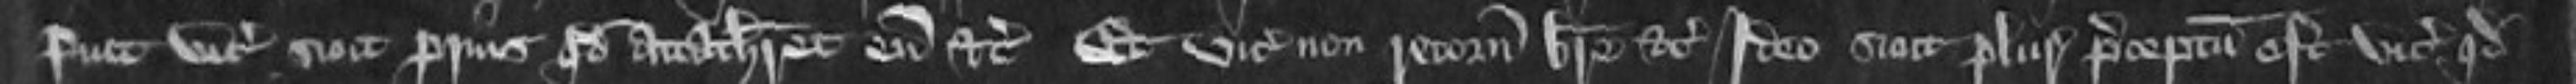
fuit vicecomiti sicut prius quod attachieret eum etc Et vicecomes retornavit breve etc Ideo sicut plurie preceptum est vicecomiti quod